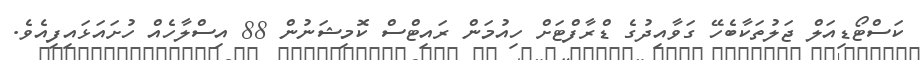
ކަސްޓޯޑިއަލް ޖަލުތަކާބެހޭ ގަވާއިދުގެ ޑްރާފްޓަށް ހިއުމަން ރައިޓްސް ކޮމިޝަނުން 88 އިސްލާހެއް ހުށައަޅައިފިއެވެ.